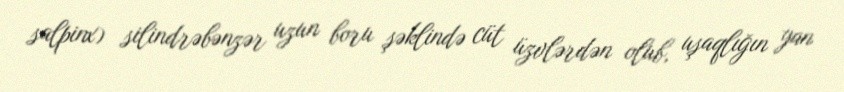
salpinx) silindrəbənzər uzun boru şəklində cüt üzvlərdən olub, uşaqlığın yan